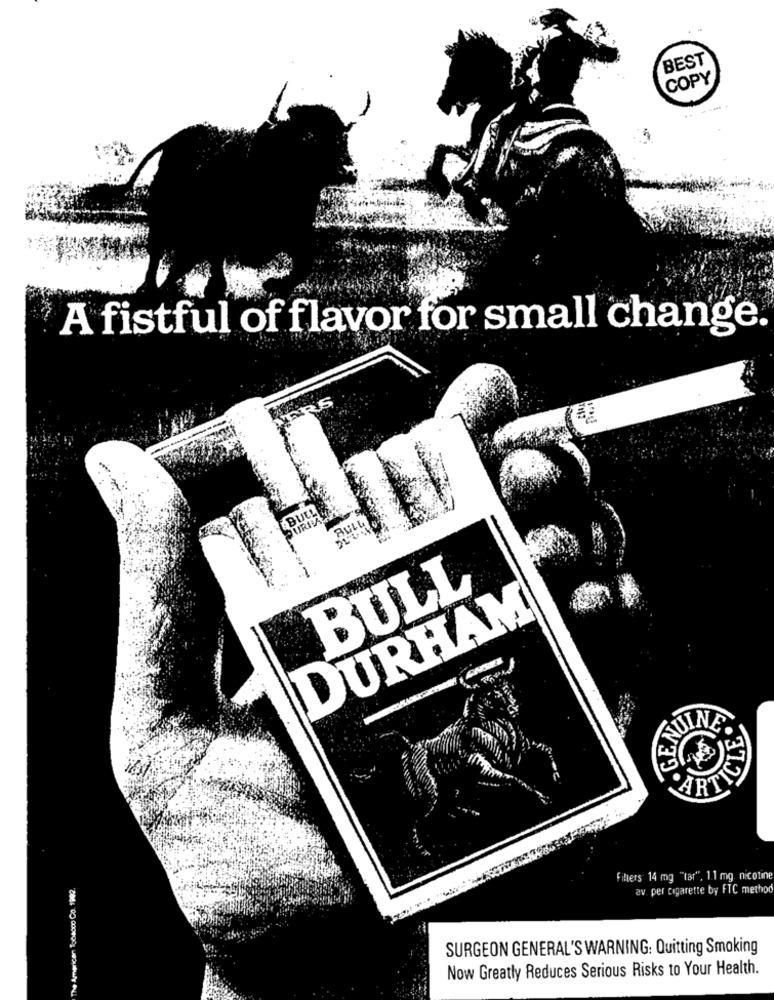
BEST
COPY
A fistful of flavor for small change.
BULL
BULL
BULL
DURHAM
GEN
JUINE.
PARTIC
The American Tobacco Co. 1992
Filters 14 mg "tar", 1.1 mg nicotin
av per cigarette by FTC metho
SURGEON GENERAL'S WARNING: Quitting Smoking
Now Greatly Reduces Serious Risks to Your Health.